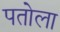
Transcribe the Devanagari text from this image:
पतोला